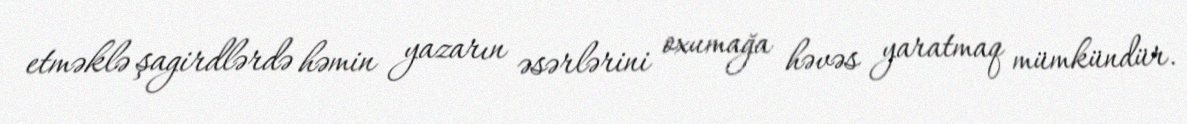
etməklə şagirdlərdə həmin yazarın əsərlərini oxumağa həvəs yaratmaq mümkündür.